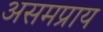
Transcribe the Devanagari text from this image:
असमप्राय